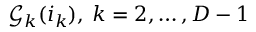
\mathcal { G } _ { k } ( i _ { k } ) , \: k = 2 , \ldots , D - 1